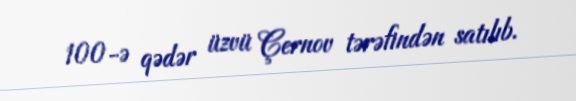
100-ə qədər üzvü Çernov tərəfindən satılıb.